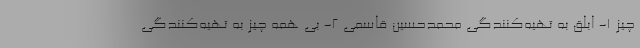
چیز 1- ابلق به تهیه‌کنندگی محمدحسین قاسمی 2- بی همه چیز به تهیه‌کنندگی